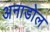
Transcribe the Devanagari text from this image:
अनाडोल